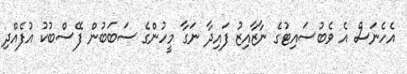
އެހެނަސް އެ ވެބުސައިޓުގެ ނާޒާއިޒު ފައިދާ ނަގާ މީހުންގެ ސަބަބުން ފޭސްބުކު އުފެއްދި